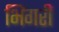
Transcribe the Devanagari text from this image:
भिंगरी